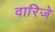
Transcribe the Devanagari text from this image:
वारिजे